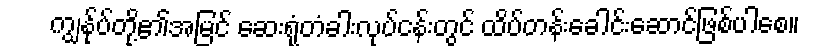
ကျွန်ုပ်တို့၏အမြင် ဆေးရုံတံခါးလုပ်ငန်းတွင် ထိပ်တန်းခေါင်းဆောင်ဖြစ်ပါစေ။